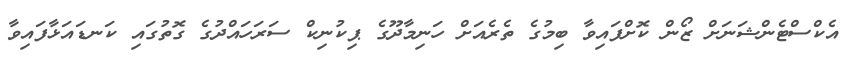
އެކްސްޓެންޝަނަށް ޒޯން ކޮށްފައިވާ ބިމުގެ ތެރެއަށް ހަނިމާދޫގެ ޕިކުނިކް ސަރަހަައްދުގެ ގޮތުގައި ކަނޑައަޅާފައިވާ